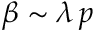
\beta \sim \lambda \, p